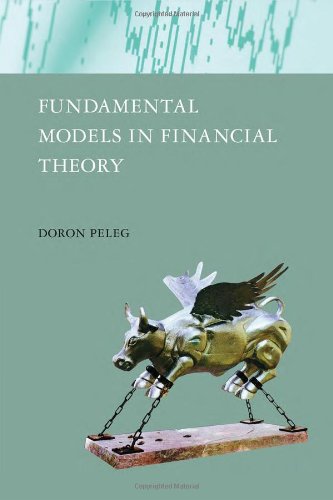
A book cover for Fundamental Models in Financial Theory; Doron Peleg; Business & Money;